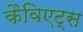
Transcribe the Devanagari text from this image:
कैविएट्स